Report on the lunatic asylums under the Government of Bombay - 1904-1913
Year: 1904
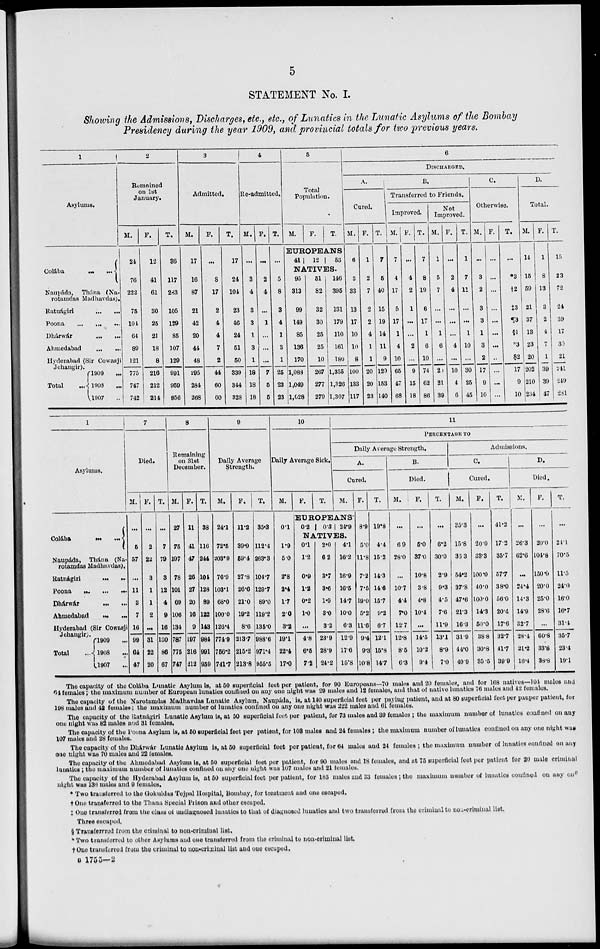
5
STATEMENT No. I.
Showing the Admissions, Discharges, etc., etc., of Lunatics in the Lunatic Asylums of the Bombay
Presidency during the year 1909, and provincial totals for two previous years.
1
Asylums.
Colába
...
...
Naupáda, Thána (Na-
rotamdas Madhavdas).
Ratnágiri
...
...
Poona
...
...
...
Dhárwár
...
...
Ahmedabad
...
...
Hyderabad (Sir Cowasji
Jehangir).
Total ...
1909 ...
1908 ...
1907 ...
2
Remained
on 1st
January.
M.
24
76
222
75
104
64
89
121
775
747
742
F.
12
41
61
30
25
21
18
8
216
212
214
T.
36
117
283
105
129
85
107
129
991
959
956
3
Admitted.
M.
17
16
87
21
42
20
44
48
295
284
268
F.
...
8
17
2
4
4
7
2
44
60
60
T.
17
24
104
23
46
24
51
50
339
344
328
4
Re-admitted.
M.
...
3
4
3
3
1
3
1
18
18
18
F.
...
2
4
...
1
...
...
...
7
5
5
T.
...
5
8
3
4
1
3
1
25
23
23
5
Total
Population.
M.
F.
T.
EUROPEANS
41
12
53
NATIVES.
95
313
99
149
85
136
170
1,088
1,049
1,028
51
82
32
30
25
25
10
267
277
279
146
395
131
179
110
161
180
1,355
1,326
1,307
6
DISCHARGED.
A.
Cured.
M.
6
3
33
13
17
10
10
8
100
133
117
F.
1
2
7
2
2
4
1
1
20
20
23
T.
7
5
40
15
19
14
11
9
120
153
140
B.
Transferred to Friends.
Improved.
M.
7
4
17
5
17
1
4
10
65
47
68
F.
...
4
2
1
...
...
2
...
9
15
18
T.
7
8
19
6
17
1
6
10
74
62
86
Not
Improved.
M.
1
5
7
...
...
1
6
...
20
21
39
F.
...
2
4
...
...
...
4
...
10
4
6
T.
1
7
11
...
...
1
10
...
30
25
45
C.
Otherwise.
M.
...
3
2
3
3
1
3
2
17
9
10
F.
...
...
...
...
...
...
...
...
...
...
T.
...
*3
†2
‡3
¶3
§1
*3
$2
17
9
10
D.
Total.
M.
14
15
59
21
37
13
23
20
202
210
234
F.
1
8
13
3
2
4
7
1
39
39
47
T.
15
23
72
24
39
17
30
21
241
249
281
1
Asylums.
Colába
...
...
Naupáda, Thána (Na-
rotamdas Madhavdas).
Ratnágiri
...
...
Poona
...
...
...
Dhárwár
...
...
Ahmedabad ... ...
Hyderabad (Sir Cowasji
Jehangir).
Total ...
1909 ...
1908 ...
1907 ...
7
Died.
M.
...
5
57
...
11
3
7
16
99
64
47
F.
...
2
22
3
1
1
2
...
31
22
20
T.
...
7
79
3
12
4
9
16
130
86
67
8
Remaining
on 31st
December.
M.
27
75
197
78
101
69
106
134
787
775
747
F.
11
41
47
26
27
20
16
9
197
216
212
T.
38
116
244
104
128
89
122
143
984
991
959
9
Daily Average
Strength.
M.
24.1
72.5
203.9
76.9
103.1
68.0
100.0
126.4
774.9
756.2
741.7
F.
11.2
39.9
59.4
27.8
26.6
21.0
19.2
8.6
213.7
215.2
213.8
T.
35.3
112.4
263.3
104.7
129.7
89.0
119.2
135.0
988.6
971.4
955.5
10
Daily Average Sick.
M.
0.1
1.9
5.0
2.8
2.4
1.7
2.0
3.2
19.1
22.4
17.0
F.
T.
11
PERCENTAGEE TO
Daily Average Strength.
A.
Cured.
M.
EUROPEANS.
0.2
0.3 24.9
NATIVES.
0.1
1.2
0.9
1.2
0.2
1.0
...
4.8
6.5
7.2
2.0
6.2
3.7
3.6
1.9
3.0
3.2
23.9
28.9
24.2
4.1
16.2
16.9
16.5
14.7
10.0
6.3
12.9
17.6
15.8
F.
8.9
5.0
11.8
7.2
7.5
19.0
5.2
11.6
9.4
9.3
10.8
T.
19.8
4.4
15.2
14.3
14.6
15.7
9.2
6.7
12.1
15.8
14.7
B.
Died.
M.
...
6.9
28.0
...
10.7
4.4
7.0
12.7
12.8
8.5
6.3
F.
...
5.0
37.0
10.8
3.8
4.8
10.4
...
14.5
10.2
9.4
T.
...
6.2
30.0
2.9
9.3
4.5
7.6
11.9
13.1
8.9
7.0
Admissions.
C.
Cured.
M.
35.3
15.8
36.3
54.2
37.8
47.6
21.3
16.3
31.9
44.0
40.9
F.
...
20.0
33.3
100.0
40.0
100.0
14.3
50.0
38.8
30.8
35.5
T.
41.2
17.2
35.7
57.7
38.0
56.0
20.4
17.6
32.7
41.7
39.9
D.
Died.
M.
...
26.3
62.6
...
24.4
14.3
14.9
32.7
28.4
21.2
16.4
F.
...
20.0
104.8
150.0
20.0
25.0
28.6
...
60.8
33.8
38.8
T.
...
24.1
70.5
11.5
24.0
16.0
16.7
31.4
35.7
23.4
19.1
The capacity of the Colába Lunatic Asylum is, at 50 superficial feet per patient, for 90 Europeans—70 males and 20 females, and for 168 natives—104 males and
64 females; the maximum number of European lunatics confined on any one night was 29 males and 12 females, and that of native lunatics 76 males and 42 females.
The capacity of the Narotamdas Madhavdas Lunatic Asylum, Naupáda, is, at 140 superficial feet per paying patient, and at 80 superficial feet per pauper patient, for
198 males and 42 females; the maximum number of lunatics confined on any one night was 222 males and 61 females.
The capacity of the Ratnágiri Lunatic Asylum is, at 50 superficial feet per patient, for 73 males and 39 females ; the maximum number of lunatics confined on any
one night was 82 males and 31 females.
The capacity of the Poona Asylum is, at 50 superficial feet per patient, for 108 males and 24 females ; the maximum number of lunatics confined on any one night was
107 males and 28 females.
The capacity of the Dhárwár Lunatic Asylum is, at 50 superficial feet per patient, for 64 males and 24 females ; the maximum number of lunatics confined on any
one night was 70 males and 22 females.
The capacity of the Ahmedabad Asylum is, at 50 superficial feet per patient, for 90 males and 18 females, and at 75 superficial feet per patient for 20 male criminal
lunatics ; the maximum number of lunatics confined on any one night was 107 males and 21 females.
The capacity of the Hyderabad Asylum is, at 50 superficial feet per patient, for 185 males and 33 females ; the maximum number of lunatics confined on any one
night was 136 males and 9 females.
* Two transferred to the Gokuldas Tejpal Hospital, Bombay, for treatment and one escaped.
† One transferred to the Thana Special Prison and other escaped.
‡ One transferred from the class of undiagnosed lunatics to that of diagnosed lunatics and two transferred from the criminal to non-criminal list.
Three escaped.
§ Transferred from the criminal to non-criminal list.
* Two transferred to other Asylums and one transferred from the criminal to non-criminal list.
† One transferred from the criminal to non-criminal list and one escaped.
B 1755-2